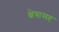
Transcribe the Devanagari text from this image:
क्षेत्रासह